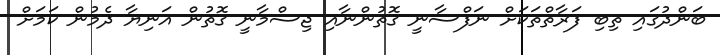
ބަންދުގައި ތިބި ފަރާތްތަކަށް ނަފްސާނީ ގޮތުންނާއި ޖިސްމާނީ ގޮތުން އަނިޔާ ދެމުން ކަމަށް